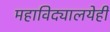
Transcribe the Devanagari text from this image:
महाविद्यालयेही